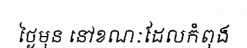
ថ្ងៃមុន នៅខណៈដែលកំពុង